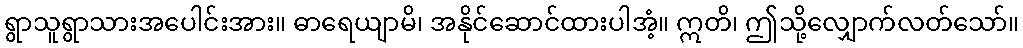
ရွာသူရွာသားအပေါင်းအား။ ဓာရေယျာမိ၊ အနိုင်ဆောင်ထားပါအံ့။ ဣတိ၊ ဤသို့လျှောက်လတ်သော်။